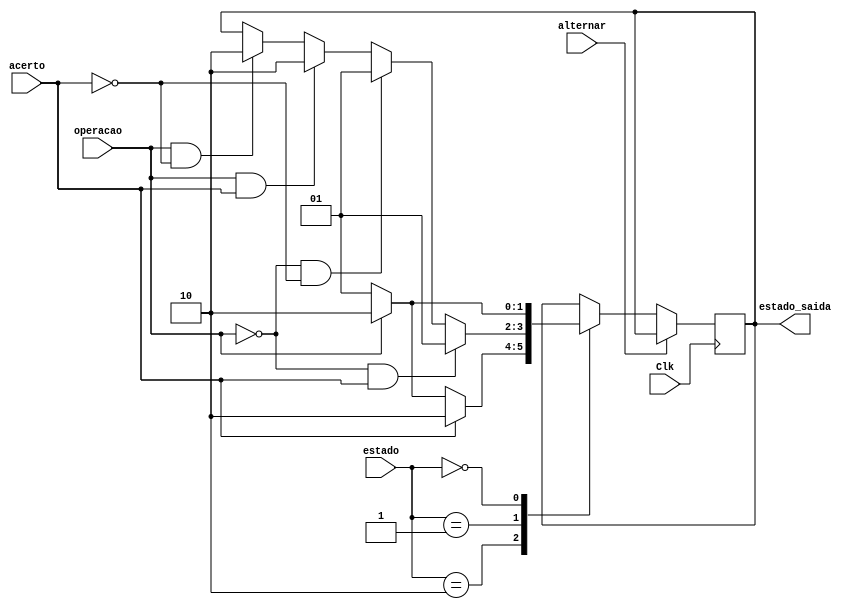
/*Testes emissor
	p/alternar=0
	Estado	operacao	acerto	estado_saida	wb		bus
	00				0			0			01				0		01
	00				1			0			10				0		10
	01				0			1			01				0		0
	01				1			1			10				0		11
	01				0			0			01				0		01
	01				1			0			10				0		10
	10				0			1			10				0		0			
	10				1			1			10				0		0	
	10				0			0			01				1		01
	10				1			0			10				1		10

*/

module emissor(alternar,estado,operacao,acerto,Clk,estado_saida);
	input alternar,operacao,acerto;
	input [1:0]estado;
	input Clk;
	output reg [1:0]estado_saida;
	
	parameter  exclusive  = 2'b10;
	parameter  shared    = 2'b01;
	parameter  invalid	= 2'b00;
	
	parameter  read		= 1'b0;
	parameter  write		= 1'b1;
	
	parameter  readMiss	 = 2'b01;
	parameter  writeMiss	 = 2'b10;
	parameter  invalidate = 2'b11;
	
	initial estado_saida = invalid;
	
	always @(negedge Clk) begin
		   if(alternar == 0) begin
			case(estado)
				exclusive: begin
					if(acerto == 1) begin
// write hit, read hit
						estado_saida = exclusive;
					end
					else if(operacao == read) begin
//read miss
						estado_saida = shared;
					end
					else begin
//write miss
						estado_saida = exclusive;
					end
				end
				shared: begin
					if(operacao == read && acerto == 1) begin
//Read Hit
						estado_saida = shared;
					end
					else if(operacao == read && acerto == 0 ) begin
//Read Miss
						estado_saida = shared;
					end
					else if(operacao == write && acerto == 1) begin
//Write Hit
						estado_saida = exclusive;
					end
					else if(operacao == write && acerto == 0) begin
//WriteMiss
						estado_saida = exclusive;
					end
				end
				invalid: begin
					if(operacao == read ) begin
						estado_saida = shared;
					end
					else if(operacao == write) begin
						estado_saida = exclusive;
					end
				end
			endcase
		end
	end
endmodule